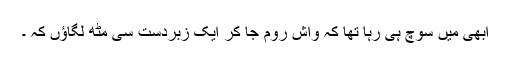
ابھی میں سوچ ہی رہا تھا کہ واش روم جا کر ایک زبردست سی مُٹھ لگاؤں کہ ۔